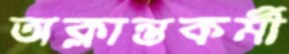
অক্লান্তকর্মী